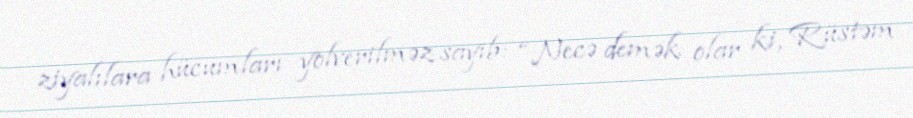
ziyalılara hücumları yolverilməz sayıb: “Necə demək olar ki, Rüstəm